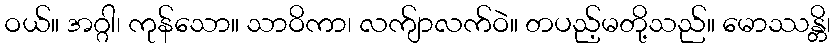
ဝယ်။ အဂ္ဂါ၊ ကုန်သော။ သာဝိကာ၊ လက်ျာလက်ဝဲ။ တပည့်မတို့သည်။ မောဿန္တိ၊